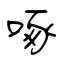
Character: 啄